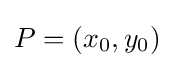
P=(x_{0},y_{0})